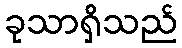
ခုသာရှိသည်